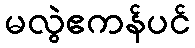
မလွဲဧကန်ပင်